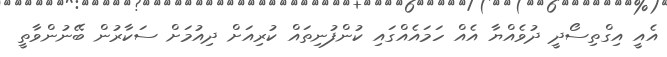
އެއީ އިގްތިސޯދީ ދުވެއްޔާ އެއް ހަމައެއްގައި ކުންފުނިތައް ކުރިއަށް ދިއުމަށް ސަކާރުން ބޭނުންވާތީ